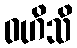
ဝဟိသိ